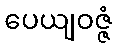
ပေယျဝဇ္ဇံ